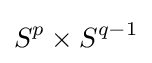
S^{p}\times S^{q-1}